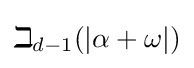
\beth _{d-1}(|\alpha +\omega |)